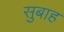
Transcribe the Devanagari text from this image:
सुबाह